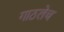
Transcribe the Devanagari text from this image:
गाठलेच